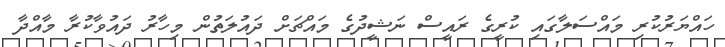
ހައްޔަރުކުރި މައްސަލާގައި ކުރީގެ ރައީސް ނަޝީދުގެ މައްޗަށް ދައުލަތުން މިހާރު ދައުވާކުރާ މާއްދާ